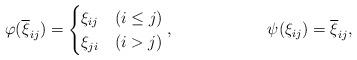
LaTeX: \begin{align*}\varphi(\overline \xi_{ij})&=\begin{cases}\xi_{ij} &(i\leq j)\\\xi_{ji} &(i > j)\end{cases}, &\psi(\xi_{ij}) &= \overline \xi_{ij},\end{align*}